Annual report on the working of the mental hospitals in the Madras Presidency - 1912-1932
Year: 1912
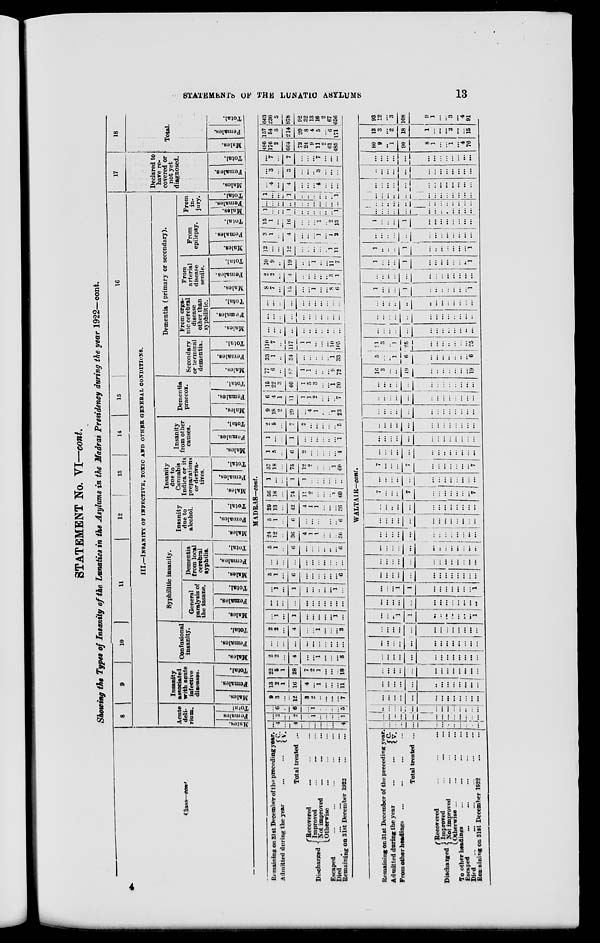
STATEMENTS OF THE LUNATIC ASYLUMS
13
STATEMENT No. VI—cont.
Showing the Types of Insanity of the Lunatics in the Asylums in the Madras Presidency during the year 1922—cont.
Class—cont
Remaining on 31st December of the preceding year.
Admitted during the year ... ...
C.
V.
Total treated ...
Discharged
Recorered ... ... ...
Improved ... ... ...
Not improved ... ... ...
Otherwise ... ... ...
Escaped ... ... ... ... ...
Died ... ... ... ... ... ...
Remaining on 31st December 1922 ... ...
Remaining on 31st December of the preceding year.
Admitted during the year ... ...
C.
V.
From other headings ... ... ... ...
Total treated ...
Discharged
Recovered ... ... ...
Improved
...
...
...
Not improved ... ... ...
Otherwise ... ... ... ...
To other headings ... ... ... ...
Escaped
...
...
...
...
...
Died ... ... ... ... ... ...
Remaining on 31st December 1922
...
...
8
9 10
11
12
13
14
15
16
III.—INSANITY OF INFECTIVE, TOXIC AND OTHER GENERAL CONDITIONS.
Acute
deli-
rium.
Males.
Females.
Total.
Insanity
associated
with acute
infective
diseases.
Males.
Females.
Total.
Confusional
insanity.
Males.
Females.
Total.
Syphilitic insanity.
General
paralysis of
the insane.
Males.
Females.
Total.
Dementia
from local
cerebral
syphilis.
Males.
Females.
Total.
Insanity
due to
alcohol.
Males.
Females.
Total.
Insanity
due to
Cannabis
Indica or its
preparations
or deriva-
tives.
Males.
Females.
Total.
Insanity
from other
causes.
Males.
Females.
Total.
Dementia
praecox.
Males.
Females.
Total.
Dementia (primary or secondary).
Secondary
or terminal
dementia.
Males.
Females.
Total.
From orga-
nic cerebral
disease
other than
syphilitic.
Males.
Females.
Total.
From
arterial
disease
senile.
Males.
Females.
Total.
From
epilepsy.
Males.
Females.
Total.
From
in-
jury.
Males.
Females.
Total.
17
Declared to
have re-
covered or
not yet
diagnosed.
Males.
Females.
Total.
18
Total.
Males.
Females.
Total.
MADRAS—cont.
...
4
...
4
...
...
...
...
...
...
4
...
2
...
2
...
1
...
...
...
...
1
...
6
...
6
...
1
...
...
...
...
5
9
3
...
12
3
2
...
...
...
...
7
13
2
1
16
4
...
1
...
...
...
11
22
5
1
28
7
2
1
...
...
...
18
2
2
...
4
...
...
1
...
...
...
3
...
...
...
...
...
...
...
...
...
...
...
2
2
...
4
...
...
1
...
...
...
3
...
1
...
1
...
...
...
...
...
1
...
...
...
...
...
...
...
...
...
...
...
...
...
1
...
1
...
...
...
...
...
1
...
5
1
...
6
...
...
...
...
...
...
6
...
...
...
...
...
...
...
...
...
...
...
5
1
...
6
...
...
...
...
...
...
6
24
12
...
36
4
1
1
...
...
...
30
5
1
...
6
...
...
...
...
...
...
6
29
13
...
42
4
1
1
...
...
...
36
56
18
...
74
11
2
...
...
...
1
60
1
...
...
1
1
...
...
...
...
...
...
57
18
...
75
12
2
...
...
...
1
60
1
5
...
6
2
...
...
...
...
...
4
1
...
...
1
...
...
...
...
...
...
1
2
5
...
7
2
...
...
...
...
...
5
9
18
2
29
...
4
1
...
...
1
23
6
4
1
11
1
1
2
...
...
...
7
15
22
3
40
1
5
3
...
...
1
30
77
6
...
83
1
1
...
...
... 9
72
33
1
...
34
...
...
...
...
...
1
33
110
7
...
117
1
1
...
...
...
10
105
...
...
...
...
...
...
...
...
...
...
...
...
...
...
...
...
...
...
...
...
...
...
...
...
...
...
...
...
...
...
...
...
...
8
7
...
15
...
...
1
...
...
8
6
2
2
...
4
...
...
...
...
...
3
1
10
9
...
19
...
...
1
...
...
11
7
12
...
...
12
...
...
...
...
...
1
11
3
1
...
4
...
...
...
1
...
1
2
15 1
...
16
...
...
...
1
2
13
1
...
...
1
...
...
...
...
...
...
1
...
...
...
...
...
...
...
...
...
...
...
1
...
...
1
...
...
...
...
...
...
1
...
4
...
4
...
...
...
4
...
...
...
...
3
...
3
...
...
..
3
...
...
...
...
7
...
7
...
...
...
7
...
...
...
486
176
2
664
72
24
9
11
2
61
485
157
54
3
214
20
8
4
5
...
6
171
643
230
5
878
92
32
13
16
2
67
656
WALTAIR—cont.
...
...
...
...
...
...
...
...
...
...
...
...
...
...
...
...
...
...
...
...
...
...
...
...
...
...
...
...
...
...
...
...
...
...
...
...
...
...
...
...
...
...
...
...
...
...
...
...
...
...
...
...
...
...
...
...
...
...
...
...
...
...
...
...
...
...
...
...
...
...
...
...
...
...
...
...
...
...
...
...
...
...
...
...
...
...
...
...
...
...
...
...
...
...
...
...
...
...
...
...
...
...
...
...
...
...
...
...
...
...
...
...
...
...
...
...
...
...
...
..
1
1
...
...
...
...
...
...
...
1
...
...
...
...
...
...
...
...
...
...
...
...
...
...
...
...
1
1
...
...
...
...
...
...
...
1
...
...
...
...
...
...
...
...
...
...
...
...
...
...
...
...
...
...
...
...
...
...
...
...
...
...
...
...
...
...
...
...
...
...
...
...
...
...
...
...
...
...
...
...
...
...
...
...
...
...
...
...
...
...
...
...
...
...
...
...
...
...
...
...
...
...
...
..
...
...
...
...
...
...
...
...
...
...
7
...
...
...
7
...
...
...
...
...
...
...
7
...
...
...
...
...
...
...
...
...
...
...
...
...
7
...
...
...
7
...
...
...
...
...
...
...
7
...
...
...
...
...
...
...
..
...
...
...
...
...
...
...
...
...
...
...
...
...
...
...
...
...
...
...
...
...
...
...
...
...
...
...
...
...
...
...
...
...
...
...
...
...
...
...
...
...
...
...
...
...
...
...
...
...
...
...
...
...
...
...
...
...
...
...
...
...
...
...
...
...
...
...
...
...
...
16
3
...
...
19
...
...
...
..
...
...
...
19
5
...
...
1
6
...
...
...
...
...
...
...
6
21
3
...
1
25
...
...
...
...
...
...
...
25
...
...
...
...
...
...
...
...
...
...
...
...
...
...
...
...
...
...
...
...
...
...
...
...
...
...
...
...
...
...
...
...
...
...
...
...
...
...
...
1
...
...
...
1
...
...
...
...
...
...
...
1
...
....
...
...
...
...
...
...
...
...
...
...
...
1
...
...
...
1
...
...
...
...
...
...
...
1
1
..
..
...
1
...
..
...
...
...
...
...
1
...
...
...
...
...
...
...
...
...
...
...
...
...
1
...
...
...
1
...
...
...
...
...
...
...
...
...
...
...
...
...
...
...
...
...
...
...
...
...
...
...
...
...
...
...
...
...
...
...
....
...
...
...
...
...
...
...
...
...
...
...
...
...
...
...
...
...
...
...
...
...
...
...
...
...
...
...
...
...
...
...
...
...
...
...
...
...
...
...
...
...
...
...
...
...
...
...
...
...
...
...
...
...
...
80
9
...
1
90
8
1
...
...
1
...
4
76
13
3
...
2
18
1
...
...
...
2
...
...
15
93
12
...
3
108
9
1
...
...
3
...
4
91
4